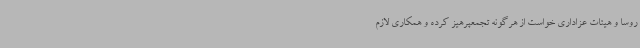
روسا و هیئات عزاداری خواست از هرگونه تجمعپرهیز کرده و همکاری لازم